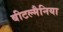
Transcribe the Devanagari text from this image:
बीटल्मैनिया